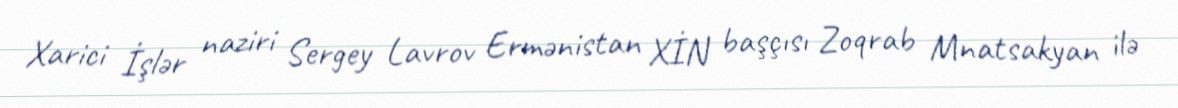
Xarici İşlər naziri Sergey Lavrov Ermənistan XİN başçısı Zoqrab Mnatsakyan ilə